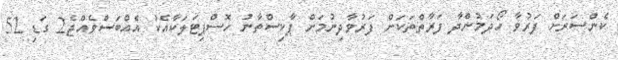
ކެންސަރަށް ފަރުވާ ހޯދަމުންދާ ފަރާތްތަކަށް ފަރުވާދިނުމަށް ޕާކިސްތާނު ހޮސްޕިޓަލަކާއެކު އެއްބަސްވެއްޖެ2 ގަޑި 52